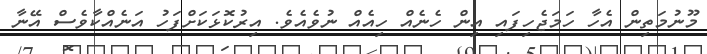
މޫނުމަތިން އެހާ ހަމަޖެހިފައި އިން ހެނެއް ހިއެއް ނުވެއެވެ. އިރުކޮޅަކަށްފަހު އަނެއްކާވެސް އޭނާ